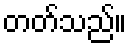
တတ်သည်။